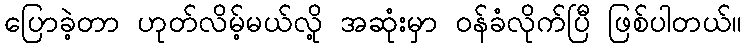
ပြောခဲ့တာ ဟုတ်လိမ့်မယ်လို့ အဆုံးမှာ ဝန်ခံလိုက်ပြီ ဖြစ်ပါတယ်။